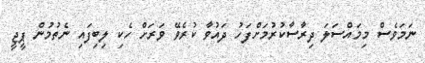
ނަމަވެސް މިމައްސަލަ ދިރާސާކުރުމަށްފަހު ދައުވާ ކުރެވޭ ވަރަށް ހެކި ލިބިފައި ނެތުމުން ޕީޖީ